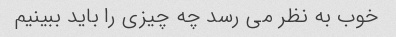
خوب به نظر می رسد چه چیزی را باید ببینیم